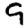
Digit: 9